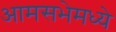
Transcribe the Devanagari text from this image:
आमसभेमध्ये